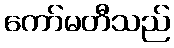
ကော်မတီသည်